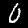
Label: 0